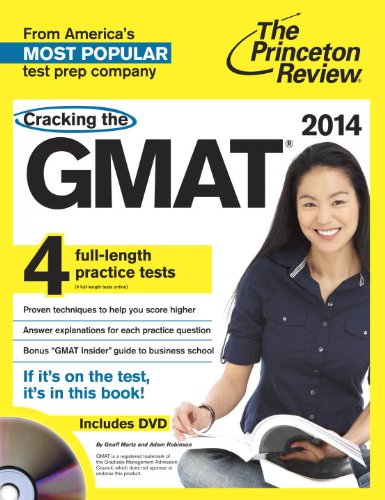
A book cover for Cracking the GMAT with 4 Practice Tests & DVD, 2014 Edition (Graduate School Test Preparation); Princeton Review; Education & Teaching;